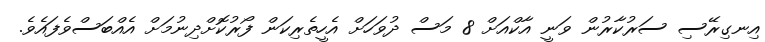
އިނގިރޭސި ސަރުކާރުން ވަނީ އާކްއަށް 8 މަސް ދުވަހަށް އެހީތެރިކަން ފޯރުކޮށްދިނުމަށް އެއްބަސްވެފައެވެ.